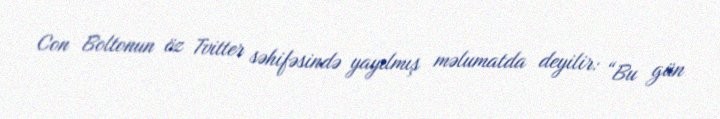
Con Boltonun öz Tvitter səhifəsində yayılmış məlumatda deyilir: “Bu gün